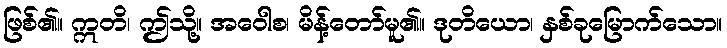
ဖြစ်၏။ ဣတိ၊ ဤသို့။ အဝေါစ၊ မိန့်တော်မူ၏။ ဒုတိယော၊ နှစ်ခုမြောက်သော။